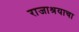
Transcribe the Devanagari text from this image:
राजाश्रयाचा